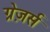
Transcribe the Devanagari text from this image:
ग्रेज़र्स